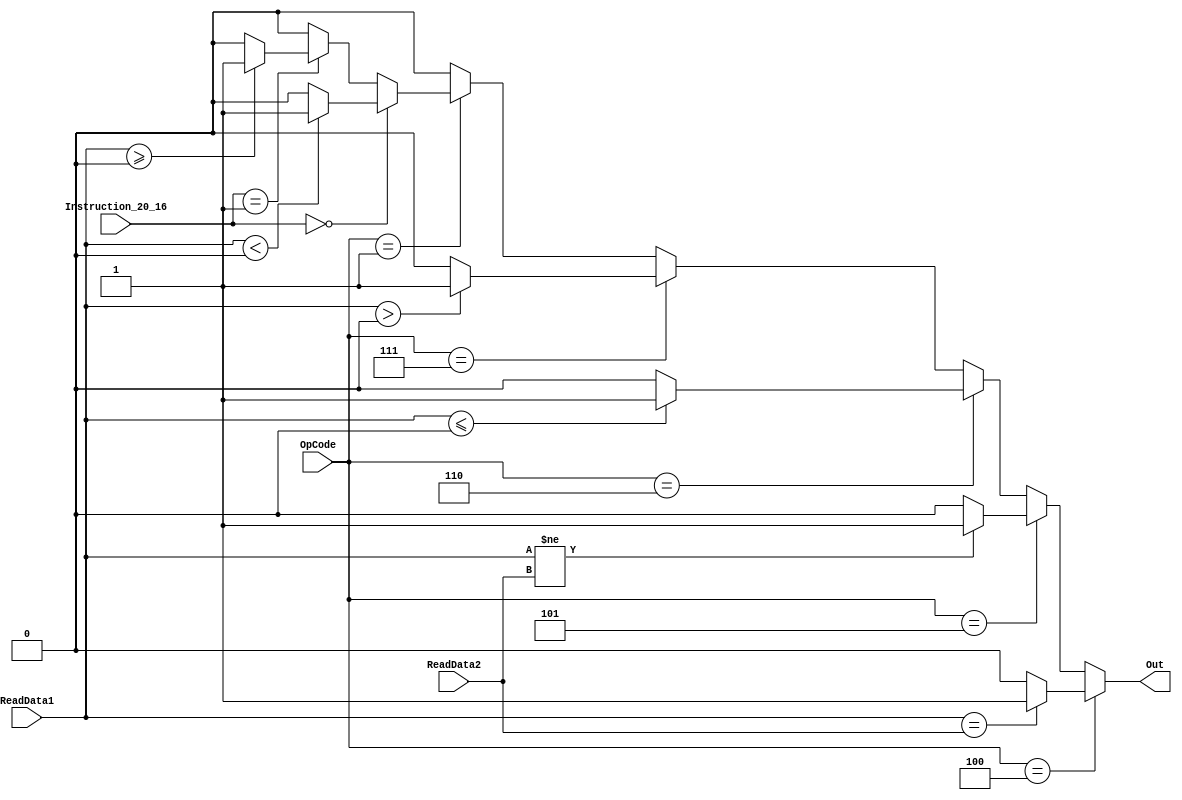
`timescale 1ns / 1ps
//////////////////////////////////////////////////////////////////////////////////
// Company: 
// Engineer: 
// 
// Design Name: 
// Module Name: BranchComparator
// Project Name: 
// Target Devices: 
// Tool Versions: 
// Description: 
// 
// Dependencies: 
// 
// Revision:
// Revision 0.01 - File Created
// Additional Comments:
// 
//////////////////////////////////////////////////////////////////////////////////


module BranchComparator(ReadData1, ReadData2, OpCode, Instruction_20_16, Out);
    input [31:0] ReadData1, ReadData2;
    input [5:0] OpCode;
    input [4:0] Instruction_20_16;
    output reg Out;
    
    always@(*) begin
        // beq
        if (OpCode == 6'b000100) begin
            if (ReadData1 == ReadData2)
                Out <= 1;
            else
                Out <= 0;
        end
        // bne
        else if (OpCode == 6'b000101) begin
            if (ReadData1 != ReadData2)
                Out <= 1;
            else
                Out <= 0;
        end
        // blez
        else if (OpCode == 6'b000110) begin
            if ($signed(ReadData1) <= $signed(32'd0))
                Out <= 1;
            else
                Out <= 0;
        end
        // bgtz
        else if (OpCode == 6'b000111) begin
            if ($signed(ReadData1) > $signed(32'd0))
                Out <= 1;
            else
                Out <= 0;
        end
        // bltz or bgez
        else if (OpCode == 6'b000001) begin
            // bltz
            if (Instruction_20_16 == 5'd0) begin
                if ($signed(ReadData1) < $signed(32'd0))
                    Out <= 1;
                else
                    Out <= 0;
            end
            // bgez
            else if (Instruction_20_16 == 5'b00001) begin
                if ($signed(ReadData1) >= $signed(32'd0))
                    Out <= 1;
                else
                    Out <= 0;
            end
            else begin
                Out <= 0;
            end
        end
        // default
        else
            Out <= 0;
    end

endmodule